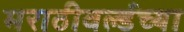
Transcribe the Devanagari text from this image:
मराठीवर्ल्डच्या